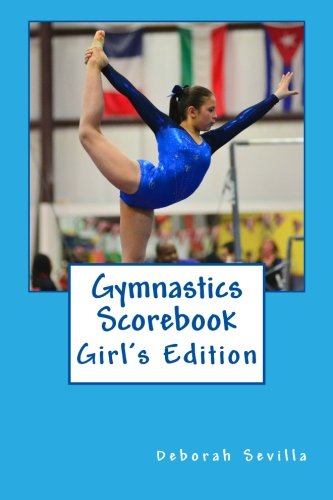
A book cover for Gymnastics Scorebook: Girl's Edition (Dream Believe Achieve Athletics); Deborah Sevilla; Sports & Outdoors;